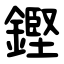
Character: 鏗